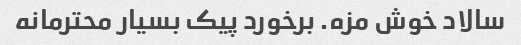
سالاد خوش مزه. برخورد پیک بسیار محترمانه